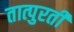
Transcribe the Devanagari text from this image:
तात्पुरतीं